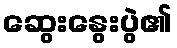
ဆွေးနွေးပွဲ၏